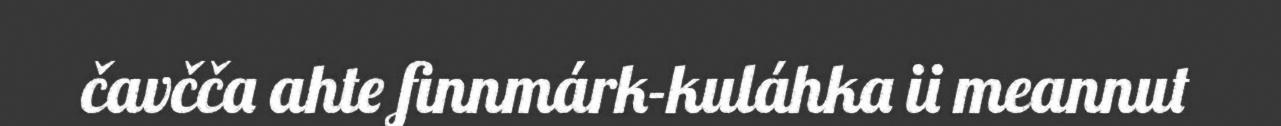
čavčča ahte finnmárk-kuláhka ii meannut